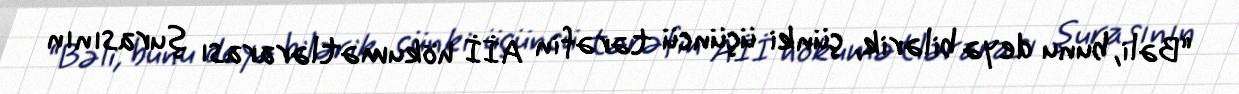
“Bəli, bunu deyə bilərik, çünki üçüncü tərəfin Aİİ hökumətlərarası şurasının